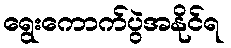
ရွေးကောက်ပွဲအနိုင်ရ